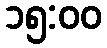
၁၅:၀၀